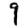
Digit: 9